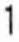
1